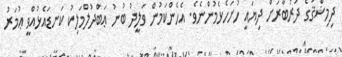
ދިމިޝްޤުގެ ދަރުބާރަށް ދިޔައީ ހުށަހެޅެމުންނެވެ. އެހެންކަމުން ވަލީދު ބުނު ޢަބްދުލްމަލިކު ކަނޑައެޅުއްވީ ޢުމަރު